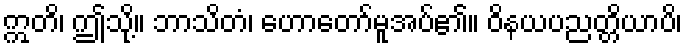
ဣတိ၊ ဤသို့။ ဘာသိတံ၊ ဟောတော်မူအပ်၏။ ဝိနယပညတ္တိယာပိ၊